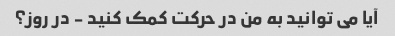
آیا می توانید به من در حرکت کمک کنید - در روز؟